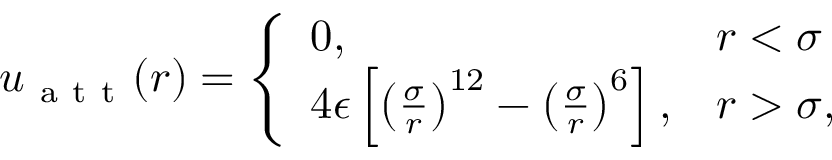
\begin{array} { r } { u _ { \mathrm { ~ a ~ t ~ t ~ } } ( r ) = \left\{ \begin{array} { l l } { 0 , \quad } & { r < \sigma } \\ { 4 \epsilon \left[ \left( \frac { \sigma } { r } \right) ^ { 1 2 } - \left( \frac { \sigma } { r } \right) ^ { 6 } \right] , } & { r > \sigma , } \end{array} \right. } \end{array}